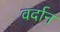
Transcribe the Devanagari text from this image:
वर्दान